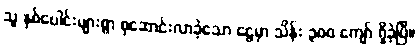
သူ နှစ်ပေါင်းများစွာ စုဆောင်းလာခဲ့သော ငွေမှာ သိန်း ၃၀၀ ကျော် ရှိခဲ့ပြီ။